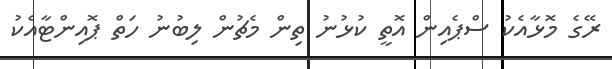
ރޭގެ މޮޅާއެކު ސްޕެއިން އޮތީ ކުޅުނު ތިން މެޗުން ލިބުނު ހަތް ޕޮއިންޓާއެކު